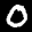
Label: 0